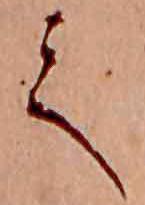
て